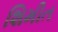
શિમીત